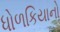
ધોળકિયાનો